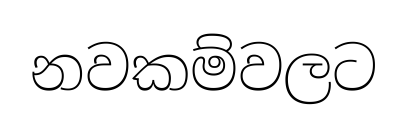
නවකම්වලට